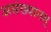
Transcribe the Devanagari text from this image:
असंख्यानम्‌